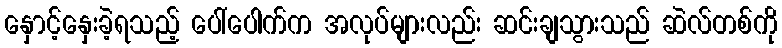
နှောင့်နှေးခဲ့ရသည့် ပေါ်ပေါက်က အလုပ်များလည်း ဆင်းချသွားသည် ဆဲလ်တစ်ကို